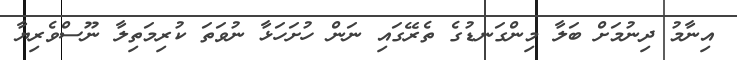
އިނާމު ދިނުމަށް ބަލާ މިންގަނޑުގެ ތެރޭގައި ނަން ހުށަހަޅާ ނުވަތަ ކުރިމަތިލާ ނޫސްވެރިޔާ